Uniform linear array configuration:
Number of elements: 12
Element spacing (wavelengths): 0.75
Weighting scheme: exponential
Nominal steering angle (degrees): -45
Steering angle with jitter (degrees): -45.536
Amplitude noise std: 0.05
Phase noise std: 0.05

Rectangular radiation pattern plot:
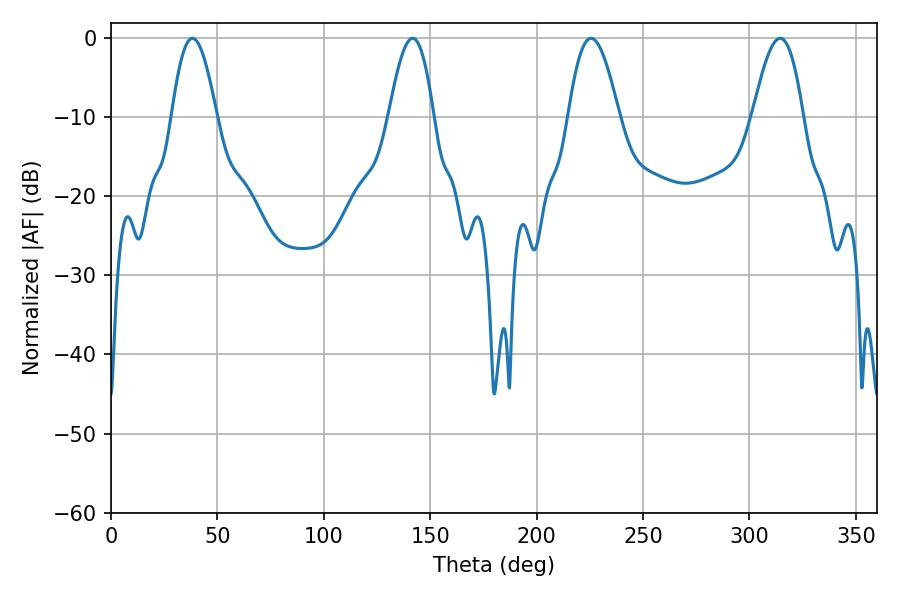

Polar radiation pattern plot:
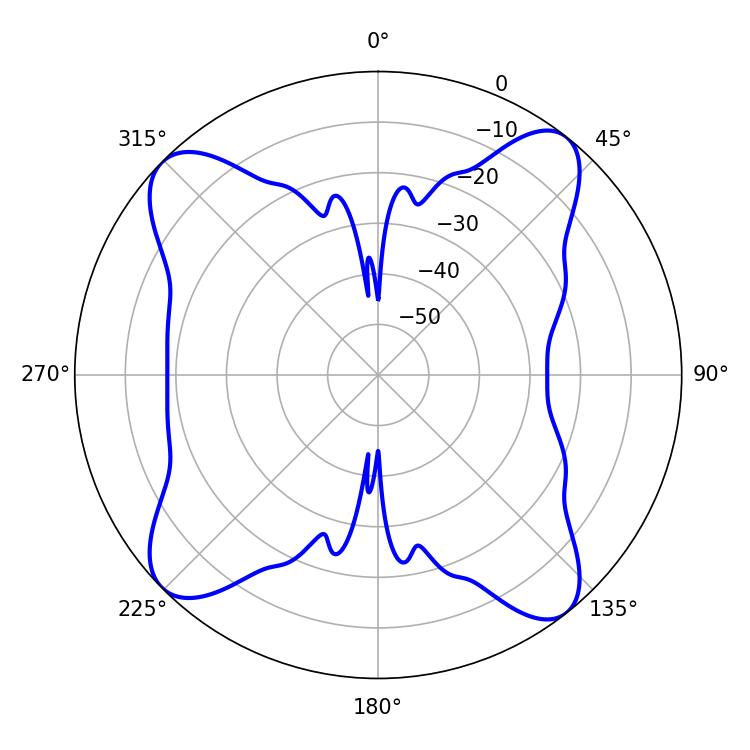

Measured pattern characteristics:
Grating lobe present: TRUE
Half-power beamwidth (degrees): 12.78
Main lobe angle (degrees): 225.54